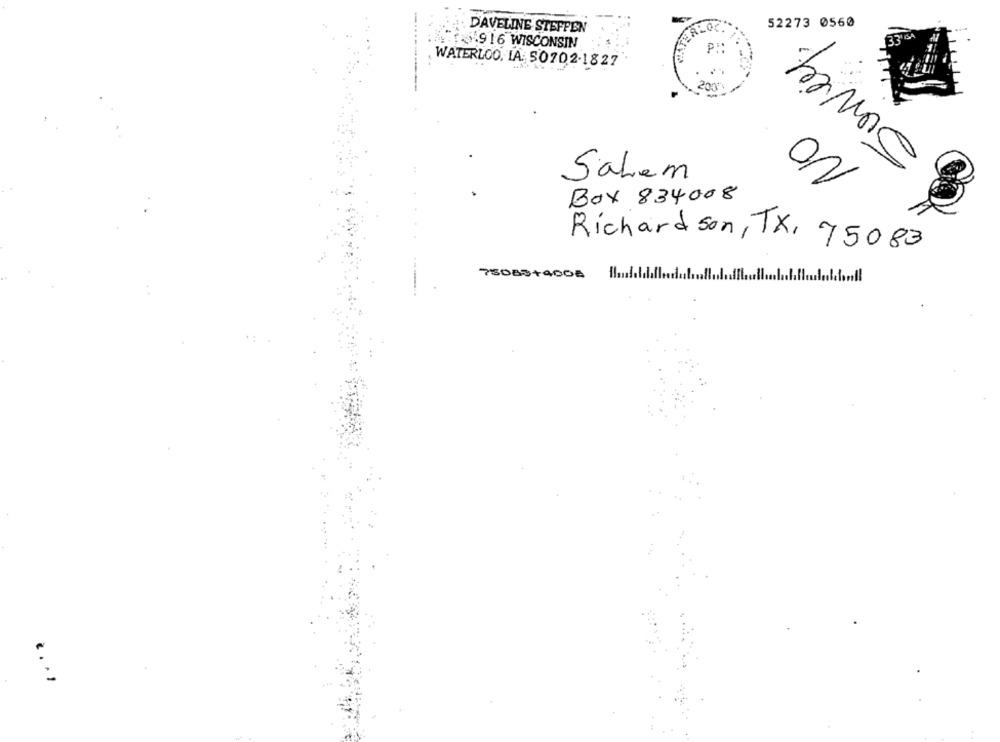
52273 0560
DAVELINE STEFFEN
3.916 WISCONSIN
P ::
WATERLOO, IA. 50702-1827
NO
Salem
Box 834008
Richardson, TX, 75083
75085+4008 /f
....